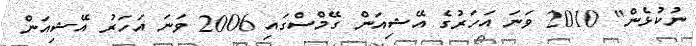
ނުކުޅެން" 2010 ވަނަ އަހަރުގެ އޭޝިއަން ގޭމްސްގައި 2006 ވަނަ އަހަރު އޭޝިއަން